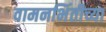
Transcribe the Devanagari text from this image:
वामनभिंतीच्या